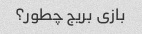
بازی بریج چطور؟